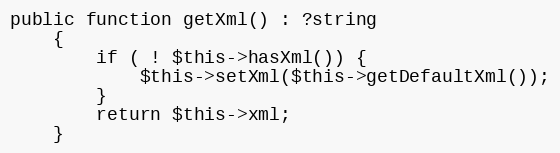
Language: PHP
public function getXml() : ?string
    {
        if ( ! $this->hasXml()) {
            $this->setXml($this->getDefaultXml());
        }
        return $this->xml;
    }